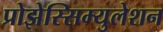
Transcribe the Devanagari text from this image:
प्रोझेस्सिम्युलेशन